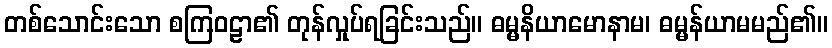
တစ်သောင်းသော စကြဝဠာ၏ တုန်လှုပ်ရခြင်းသည်။ ဓမ္မနိယာမောနာမ၊ ဓမ္မန်ယာမမည်၏။